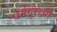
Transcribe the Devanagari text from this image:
धर्मगुरूची